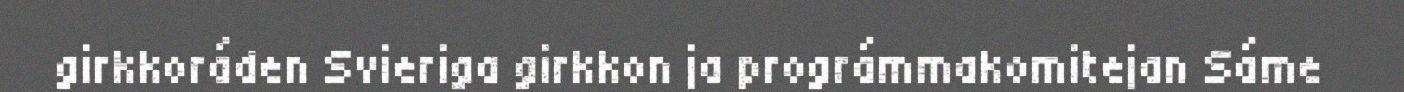
girkkoráden Svieriga girkkon ja prográmmakomitejan Sáme